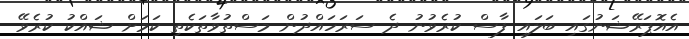
އެއޮޕަރޭޝަނުގައި ބަލައި ފާސް ކުރެވުނު ދެ ސަރަހައްދުން މަސްތުވާތަކެތި ކަމަށް ޝައްކު ކުރެވޭ